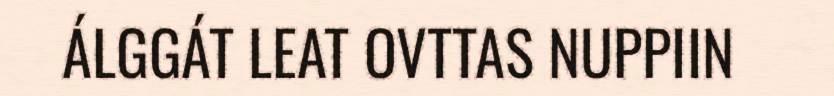
ÁLGGÁT LEAT OVTTAS NUPPIIN